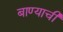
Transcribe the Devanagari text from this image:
बाण्याची